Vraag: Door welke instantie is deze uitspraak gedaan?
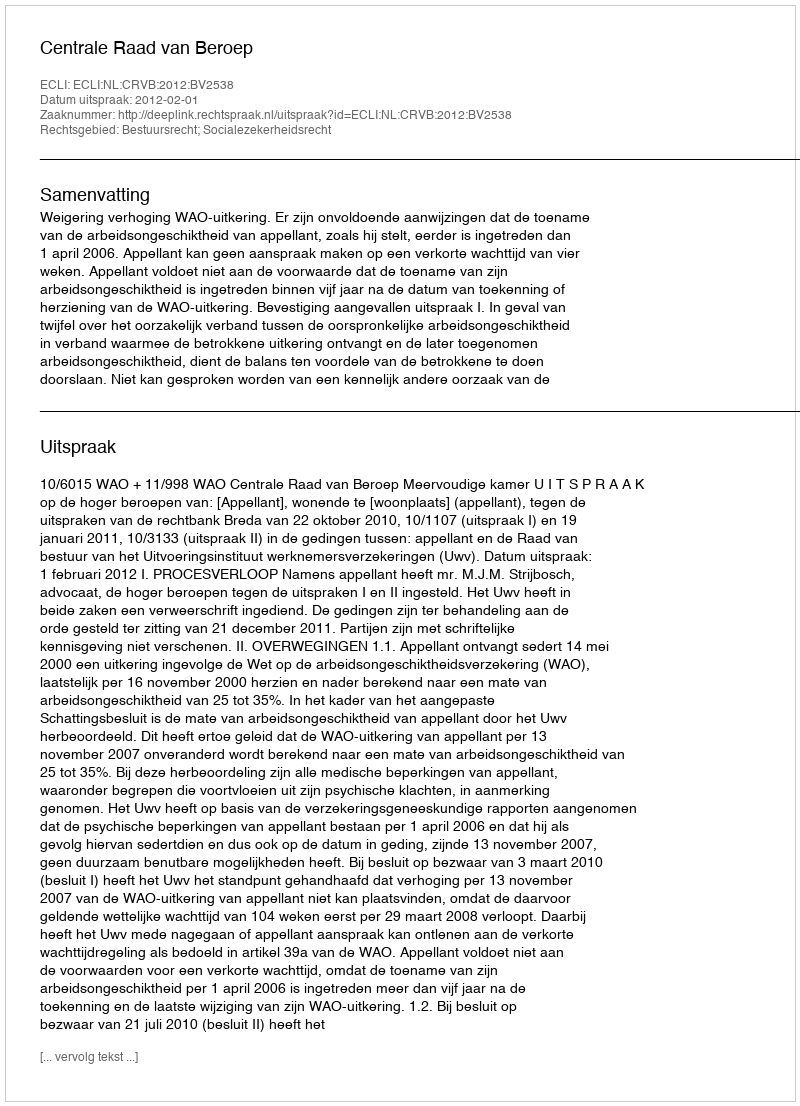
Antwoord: Centrale Raad van Beroep